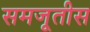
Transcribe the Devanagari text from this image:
समजूतीस